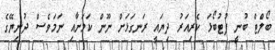
ބޯލްޓް ބުނީ ފުޓުބޯޅަ ކެރިއަރު ދިޔައީ ރަނގަޅަށް ނޫން ކަމަށާއި ނަމަވެސް ދުނިޔޭގެ